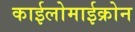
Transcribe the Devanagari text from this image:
काईलोमाईक्रोन